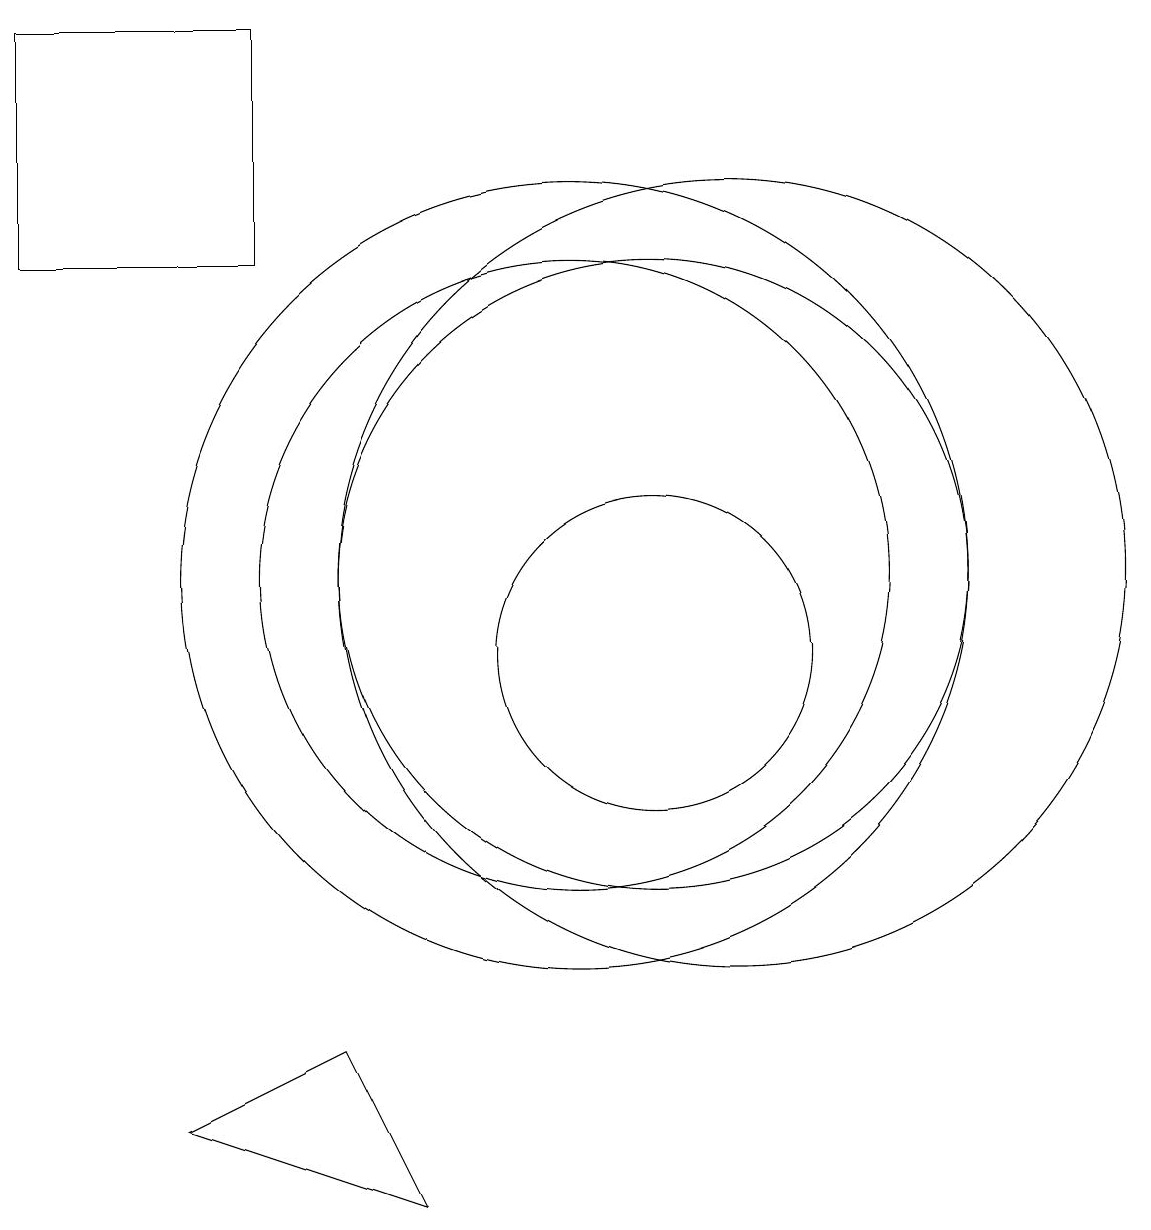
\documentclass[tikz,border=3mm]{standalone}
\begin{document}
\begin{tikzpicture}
\draw (10,12) circle (5);
\draw (11,12) circle (4);
\draw (10,12) circle (4);
\draw (11,11) circle (2);
\draw (8,4) -- (5,5) -- (7,6) -- cycle;
\draw (12,12) circle (5);
\draw (3,16) rectangle (6,19);
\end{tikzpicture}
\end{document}